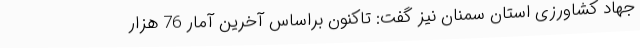
جهاد کشاورزی استان سمنان نیز گفت: تاکنون براساس آخرین آمار 76 هزار